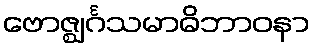
ဗောဇ္ဈင်္ဂသမာဓိဘာဝနာ